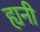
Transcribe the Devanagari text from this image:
ह्यनी